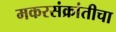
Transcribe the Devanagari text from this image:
मकरसंक्रांतीचा